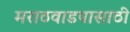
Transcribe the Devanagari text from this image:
मराठवाडयासाठी